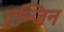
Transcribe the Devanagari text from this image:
एन्जिन